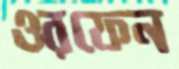
ওরফেন